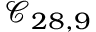
\mathcal { C } _ { 2 8 , 9 }